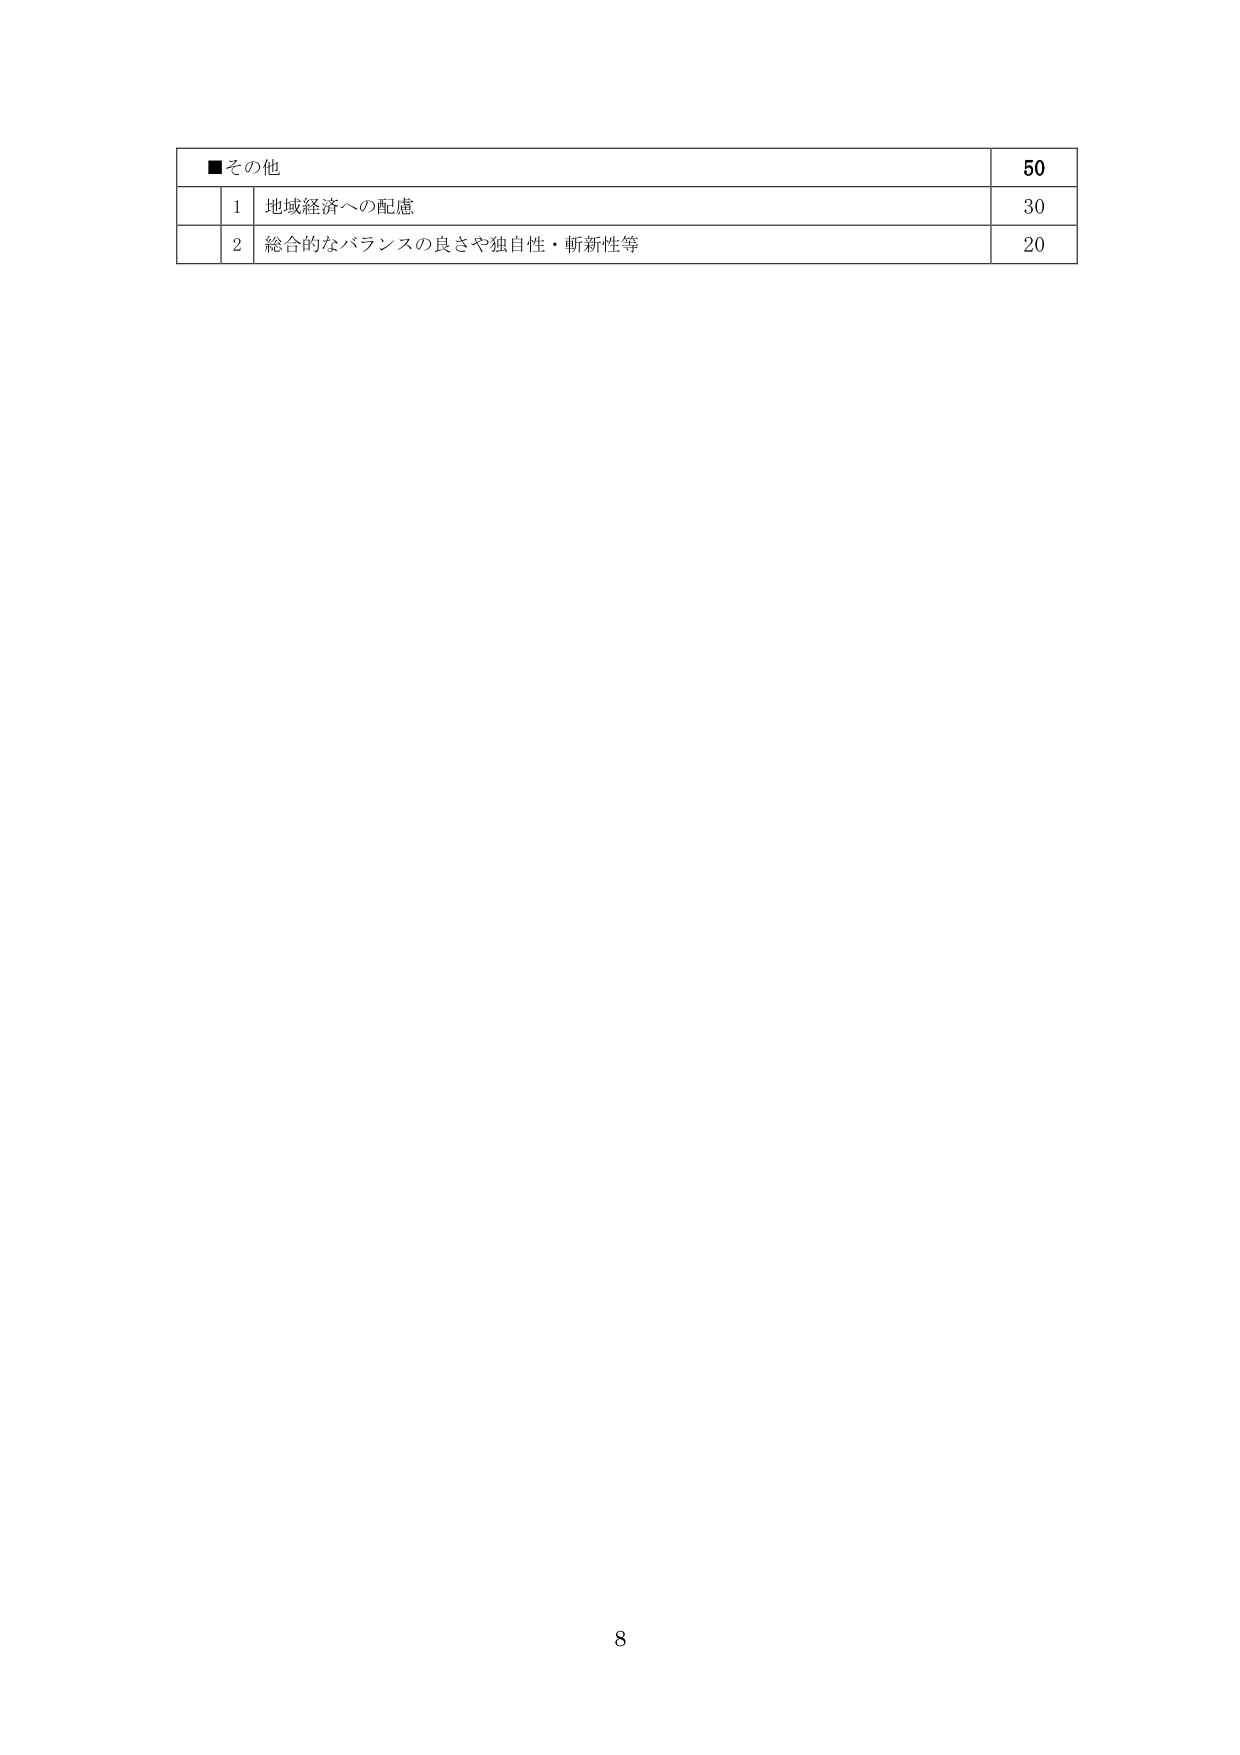
■その他